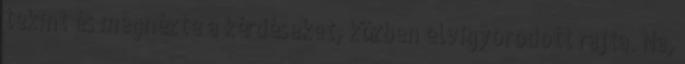
tekint és megnézte a kérdéseket, közben elvigyorodott rajta. Na,